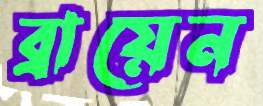
ব্রায়েন